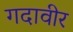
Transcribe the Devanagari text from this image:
गदावीर